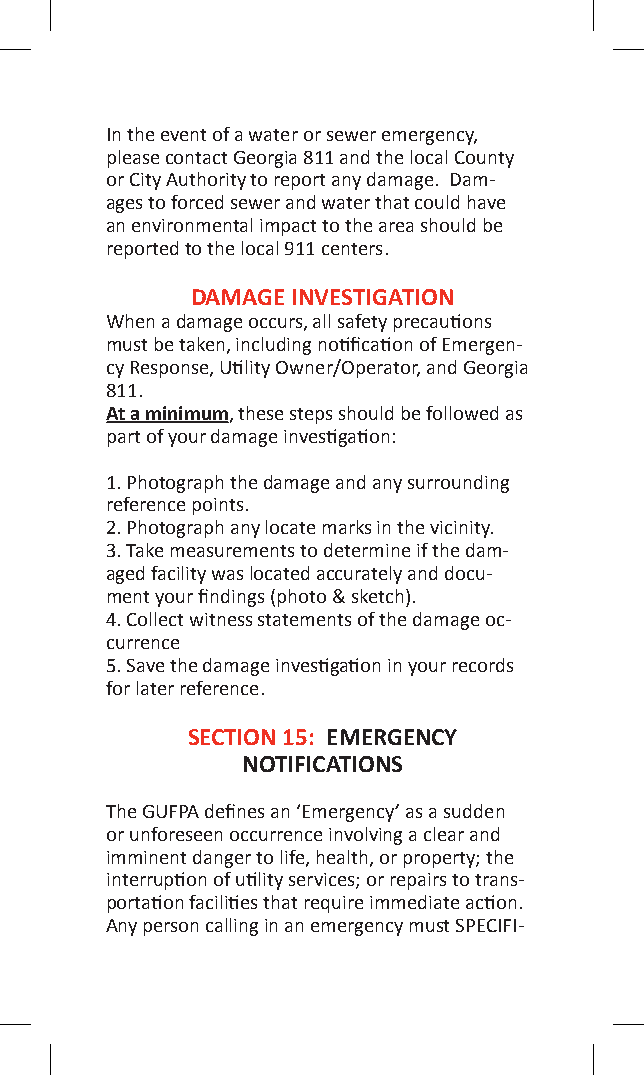
In the event of a water or sewer emergency,
 please contact Georgia 811 and the local County
 or City Authority to report any damage. Dam-
 ages to forced sewer and water that could have
 an environmental impact to the area should be
 reported to the local 911 centers.
 DAMAGE INVESTIGATION
 When a damage occurs, all safety precautions
 must be taken, including notification of Emergen-
 cy Response, Utility Owner/Operator, and Georgia
 811.
 At a minimum, these steps should be followed as
 part of your damage investigation:
 1. Photograph the damage and any surrounding
 reference points.
 2. Photograph any locate marks in the vicinity.
 3. Take measurements to determine if the dam-
 aged facility was located accurately and docu-
 ment your findings (photo & sketch).
 4. Collect witness statements of the damage oc-
 currence
 5. Save the damage investigation in your records
 for later reference.
 SECTION 15: EMERGENCY
 NOTIFICATIONS
 The GUFPA defines an ‘Emergency’ as a sudden
 or unforeseen occurrence involving a clear and
 imminent danger to life, health, or property; the
 interruption of utility services; or repairs to trans-
 portation facilities that require immediate action.
 Any person calling in an emergency must SPECIFI-